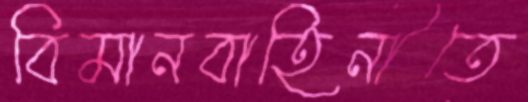
বিমানবাহিনীতে